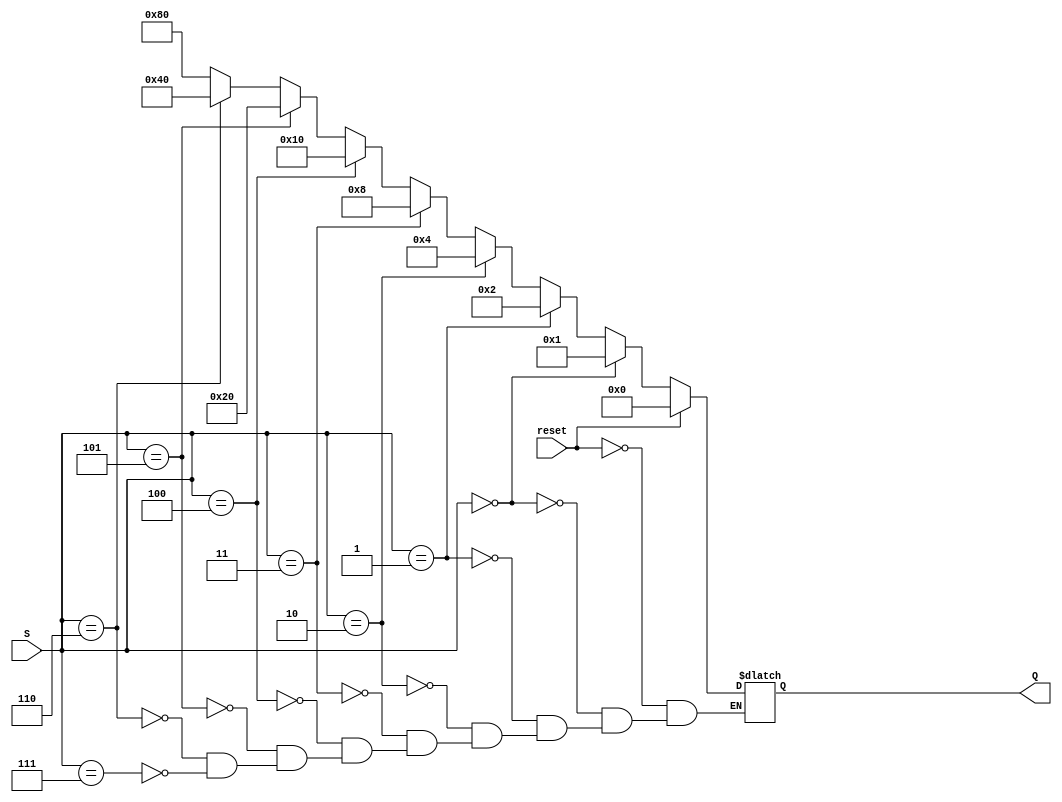
module Dec( S, reset, Q);

	input [2:0]S;
	input reset;
	output reg [7:0]Q;

	always @(S or reset)
	begin
		if (reset)
			Q <= 8'b00000000;
		else if(S == 3'b000)
			Q <= 8'b00000001;
		else if(S == 3'b001)
			Q <= 8'b00000010;
		else if(S == 3'b010)
			Q <= 8'b00000100;
		else if(S == 3'b011)
			Q <= 8'b00001000;
		else if(S == 3'b100)
			Q <= 8'b00010000;
		else if(S == 3'b101)
			Q <= 8'b00100000;
		else if(S == 3'b110)
			Q <= 8'b01000000;
		else if(S == 3'b111)
			Q <= 8'b10000000;
	end
endmodule